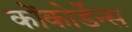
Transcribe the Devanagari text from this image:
कोंकोर्डेन्स